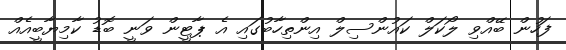
ފަހުން ބޭއްވި ލޯކަލް ކައުންސިލް އިންތިހާބުގައި އެ ޕާޓީން ވަނީ ބޮޑު ކާމިޔާބީއެއް